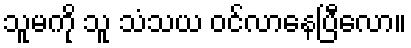
သူမကို သူ သံသယ ဝင်လာနေပြီလော။